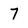
Character: 7